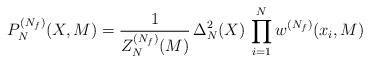
LaTeX: \begin{align*}P_N^{(N_f)}(X,M) = \frac{1}{Z_N^{(N_f)}(M)} \, \Delta_N^2(X) \, \prod_{i=1}^N w^{(N_f)}(x_i,M)\end{align*}